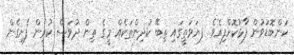
ކަންބޮޑުވުން ފާޅުކޮށްފިއެވެ. ފޔަވަތީގައި ތިބޭ ކުދިންތަކެއް މީގެ ތިން ދުވަސް ކުރިން ފެށިގެން